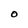
Character: O